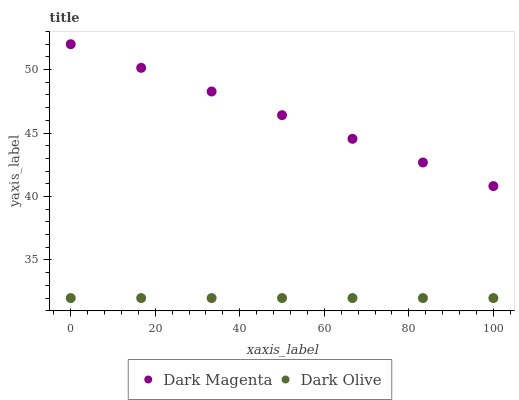
| xaxis_label | Dark Magenta | Dark Olive |
 | --- | --- | --- |
 | 0 | 52 | 32 |
 | 16.7 | 50.1 | 32 |
 | 33.3 | 48.3 | 32 |
 | 50 | 46.4 | 32 |
 | 66.7 | 44.5 | 32 |
 | 83.3 | 42.7 | 32 |
 | 100 | 40.8 | 32 |